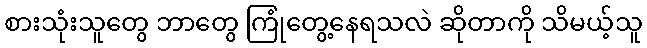
စားသုံးသူတွေ ဘာတွေ ကြုံတွေ့နေရသလဲ ဆိုတာကို သိမယ့်သူ